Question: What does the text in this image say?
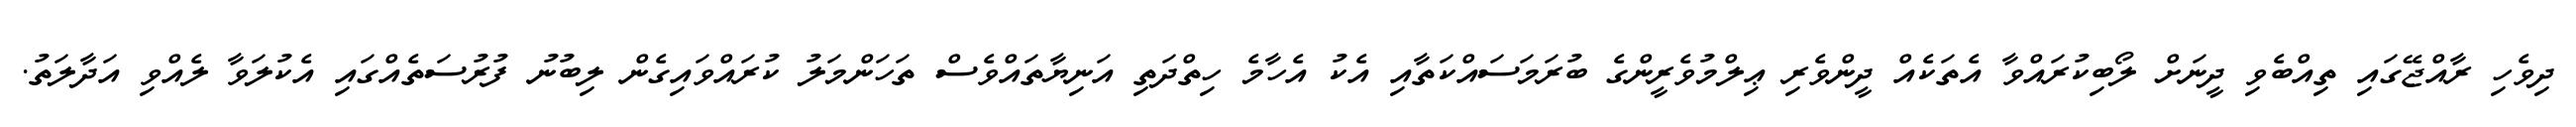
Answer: ދިވެހި ރާއްޖޭގައި ތިއްބެވި ދީނަށް ލޯބިކުރައްވާ އެތަކެއް ދީންވެރި ޢިލްމުވެރީންގެ ބުރަމަސައްކަތާއި އެކު އެހާމެ ހިތްދަތި އަނިޔާތައްވެސް ތަހަންމަލު ކުރައްވައިގެން ލިބުނު ފުރުސަތެއްގައި އެކުލަވާ ލެއްވި އަދާލަތު.